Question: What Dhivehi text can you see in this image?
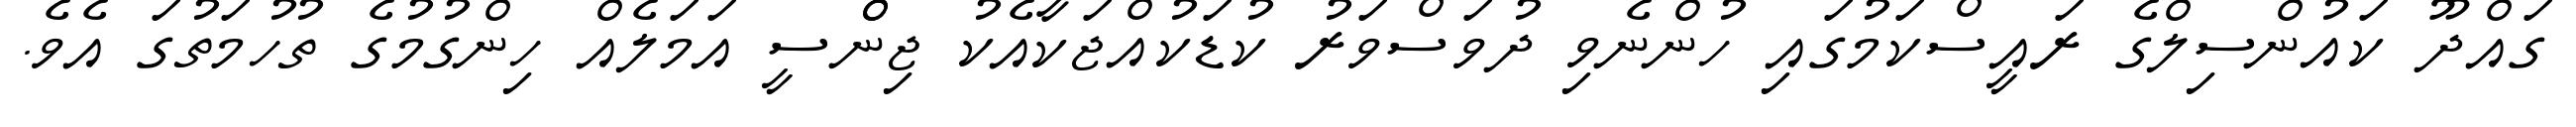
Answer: ގައްދޫ ކައުންސިލްގެ ރައީސްކަމުގައި ހުންނެވި ދުވަސްވަރު ކުޑަކުއްޖަކާއެކު ޖިންްސީ އަމަލެއް ހިންގުމުގެ ތުހުމަތުގަ އެވެ.